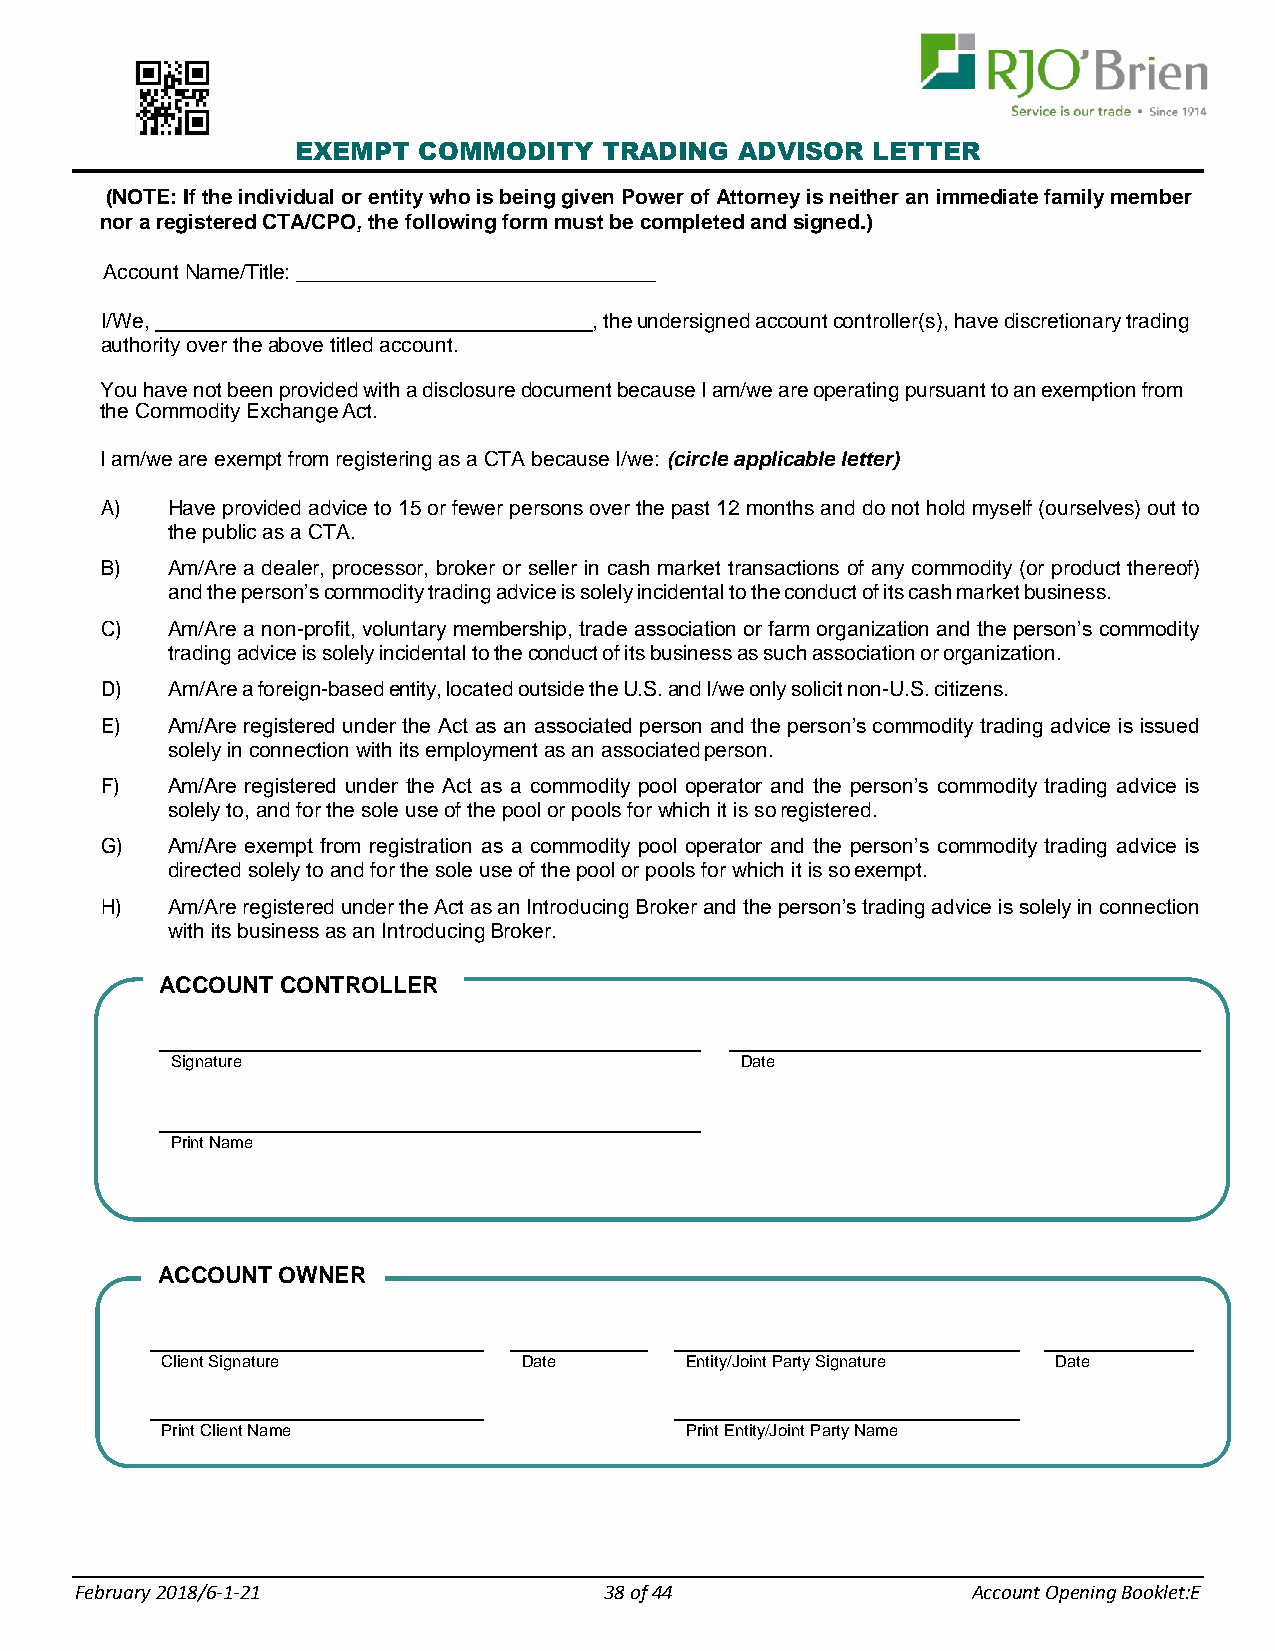
EXEMPT  COMMODITY   TRADING  ADVISOR  LETTER
 (NOTE: If the individual or entity who is being given Power of Attorney is neither an immediate family member
 nor a registered CTA/CPO, the following form must be completed and signed.)
 Account Name/Title: _______________________________
 I/We,                           , the undersigned account controller(s), have discretionary trading
 authority over the above titled account.
 You have not been provided with a disclosure document because I am/we are operating pursuant to an exemption from
 the Commodity Exchange Act.
 I am/we are exempt from registering as a CTA because I/we: (circle applicable letter)
 A)  Have provided advice to 15 or fewer persons over the past 12 months and do not hold myself (ourselves) out to
 the public as a CTA.
 B)  Am/Are a dealer, processor, broker or seller in cash market transactions of any commodity (or product thereof)
 and the person’s commodity trading advice is solely incidental to the conduct of its cash market business.
 C)  Am/Are a non-profit, voluntary membership, trade association or farm organization and the person’s commodity
 trading advice is solely incidental to the conduct of its business as such association or organization.
 D)  Am/Are a foreign-based entity, located outside the U.S. and I/we only solicit non-U.S. citizens.
 E)  Am/Are registered under the Act as an associated person and the person’s commodity trading advice is issued
 solely in connection with its employment as an associated person.
 F)  Am/Are registered under the Act as a commodity pool operator and the person’s commodity trading advice is
 solely to, and for the sole use of the pool or pools for which it is so registered.
 G)  Am/Are exempt from registration as a commodity pool operator and the person’s commodity trading advice is
 directed solely to and for the sole use of the pool or pools for which it is so exempt.
 H)  Am/Are registered under the Act as an Introducing Broker and the person’s trading advice is solely in connection
 with its business as an Introducing Broker.
 ACCOUNT  CONTROLLER
 Signature                             Date
 Print Name
 ACCOUNT OWNER
 Client Signature        Date      Entity/Joint Party Signature Date
 Print Client Name                 Print Entity/Joint Party Name
 F ebruary 2018/6-1-21              38 of 44                Account Opening Booklet:E